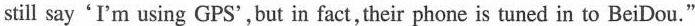
still say'I'm using GPS',but in fact, their phone is tuned in to BeiDou."